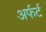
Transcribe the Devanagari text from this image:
अर्फर्ट